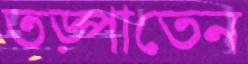
তড়্‌পাতেন